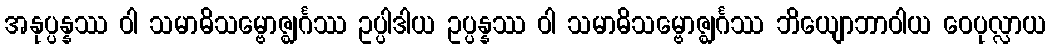
အနုပ္ပန္နဿ ဝါ သမာဓိသမ္ဗောဇ္ဈင်္ဂဿ ဥပ္ပါဒါယ ဥပ္ပန္နဿ ဝါ သမာဓိသမ္ဗောဇ္ဈင်္ဂဿ ဘိယျောဘာဝါယ ဝေပုလ္လာယ